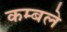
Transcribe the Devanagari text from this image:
कम्बले